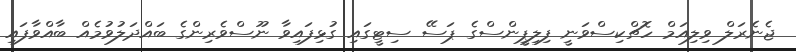
ޖެނެރަލް ވިލިއަމް ހޮޗްކިސްވަނީ ފިލިޕީންސްގެ ޕަސޭ ސިޓީގައި ގުޅިފައިވާ ނޫސްވެރިންގެ ބައްދަލުވުމެއް ބާއްވާފައި